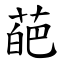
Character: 葩